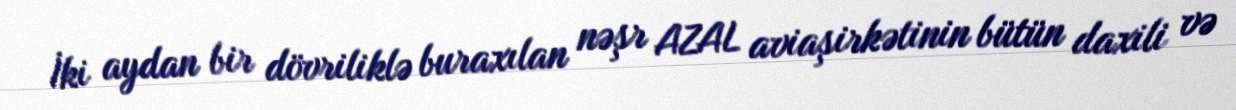
İki aydan bir dövriliklə buraxılan nəşr AZAL aviaşirkətinin bütün daxili və